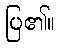
ပြ၏။